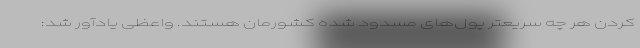
کردن هر چه سریعتر پول‌های مسدود شده کشورمان هستند. واعظی یادآور شد: